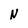
Character: N